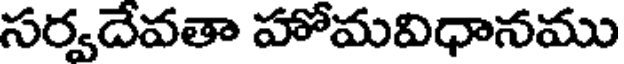
సర్వదేవతా హోమవిధానము